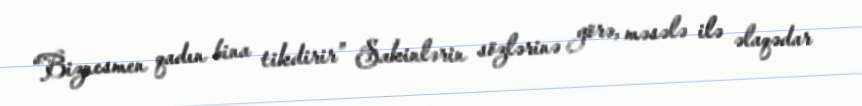
“Biznesmen qadın bina tikdirir” Sakinlərin sözlərinə görə, məsələ ilə əlaqədar